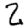
Digit: 2